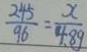
\frac { 2 4 5 } { 9 6 } = \frac { x } { 4 . 8 9 }